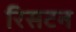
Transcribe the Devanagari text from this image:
रिसटन